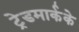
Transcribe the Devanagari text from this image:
ट्रेडमार्कके